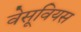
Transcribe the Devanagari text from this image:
वेसूवियस